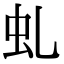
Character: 虬